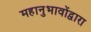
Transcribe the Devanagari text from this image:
महानुभावोंद्वारा